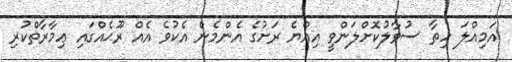
އަމިއްލަ ހިތާ ސުވާލުކޮށްލަންވީ އިއްޔެ ރަށުގެ އެންމެން އެކުވެ އެއް ރޫޙެއްގައި ޢިމާރާތްކުރި